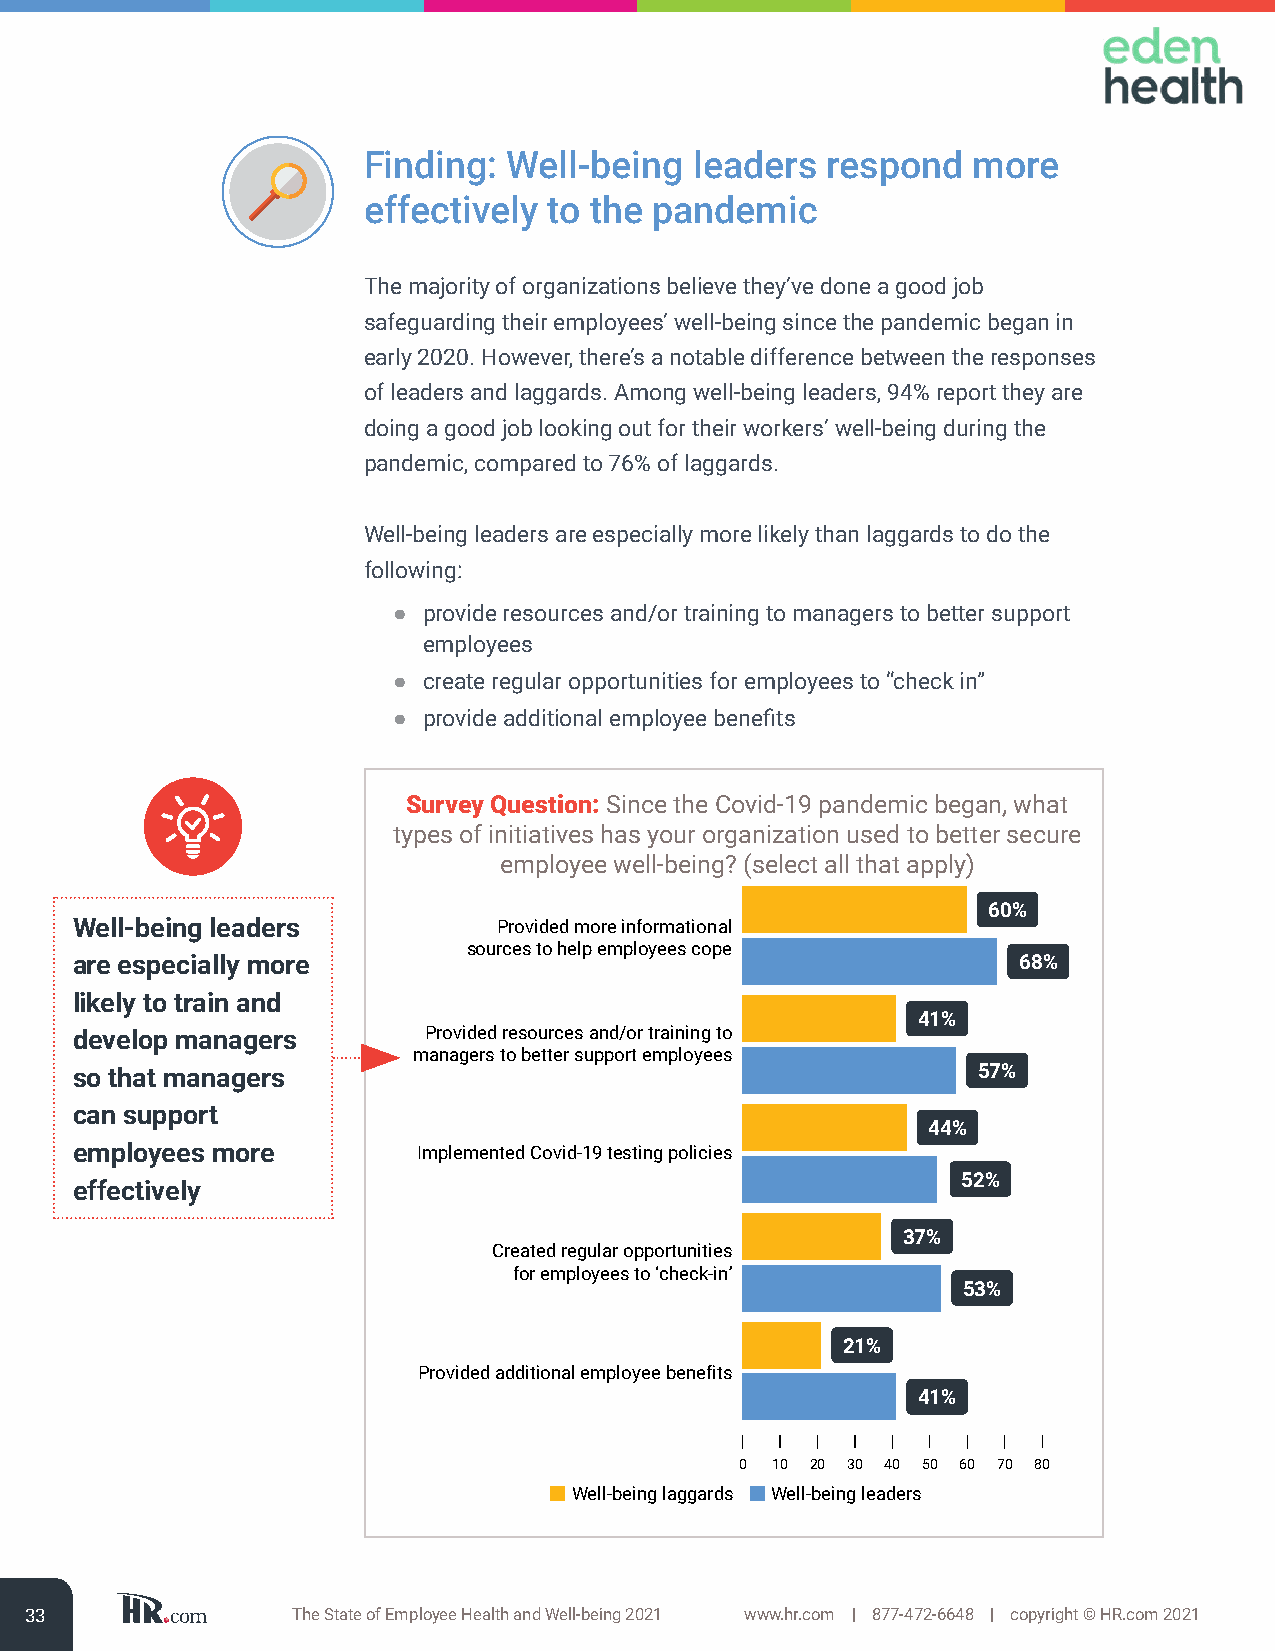
Finding:  Well-being  leaders  respond  more
 effectively to the pandemic
 The majority of organizations believe they’ve done a good job
 safeguarding their employees’ well-being since the pandemic began in
 early 2020. However, there’s a notable difference between the responses
 of leaders and laggards. Among well-being leaders, 94% report they are
 doing a good job looking out for their workers’ well-being during the
 pandemic, compared to 76% of laggards.
 Well-being leaders are especially more likely than laggards to do the
 following:
 ● provide resources and/or training to managers to better support
 employees
 ● create regular opportunities for employees to “check in”
 ● provide additional employee benefits
 Survey Question: Since the Covid-19 pandemic began, what
 types of initiatives has your organization used to better secure
 employee well-being? (select all that apply)
 60%
 Well-being leaders          Provided more informational
 sources to help employees cope
 are especially more                                           68%
 likely to train and
 41%
 develop managers       Provided resources and/or training to
 managers to better support employees
 so that managers                                            57%
 can support
 44%
 employees more         Implemented Covid-19 testing policies
 52%
 effectively
 37%
 Created regular opportunities
 for employees to ‘check-in’
 53%
 21%
 Provided additional employee benefits
 41%
 0 10 20 30 40 50 60 70 80
 Well-being laggards Well-being leaders
 33               The State of Employee Health and Well-being 2021 www.hr.com | 877-472-6648 | copyright © HR.com 2021